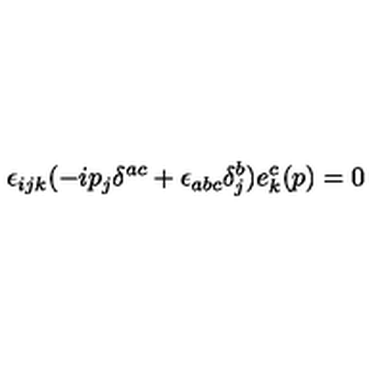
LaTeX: \epsilon _ { i j k } ( - i p _ { j } \delta ^ { a c } + \epsilon _ { a b c } \delta _ { j } ^ { b } ) e _ { k } ^ { c } ( p ) = 0